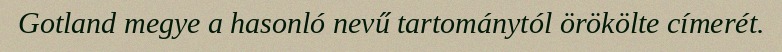
Gotland megye a hasonló nevű tartománytól örökölte címerét.